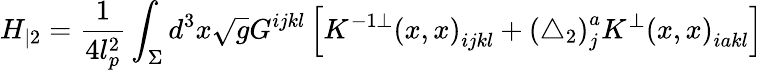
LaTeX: H_{|2}=\frac 1{4l_{p}^{2}}\int_{\Sigma}d^{3}x\sqrt{g}G^{ijkl}\left[K^{-1\bot}\left(x,x\right)_{ijkl}+\left(\triangle_{2}\right)_{j}^{a}K^{\bot}\left(x,x\right)_{iakl}\right]